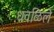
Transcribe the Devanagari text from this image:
धवळिलें